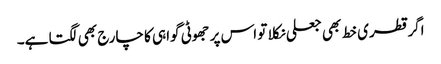
اگر قطری خط بھی جعلی نکلا تو اس پر جھوٹی گواہی کا چارج بھی لگتا ہے۔